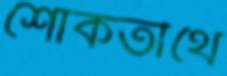
শোকতীর্থে